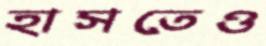
হাসতেও